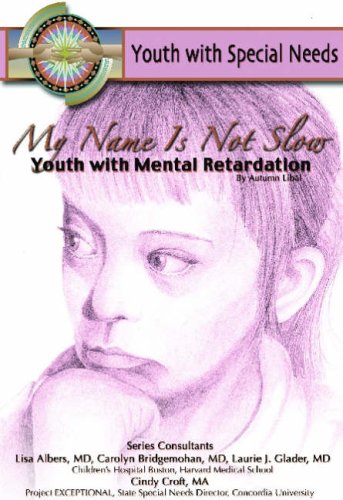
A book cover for My Name Is Not Slow: Youth With Mental Retardation (Youth With Special Needs); Autumn Libal; Teen & Young Adult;